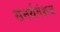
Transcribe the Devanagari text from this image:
समर्थवंशज